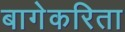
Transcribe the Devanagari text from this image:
बागेकरिता